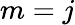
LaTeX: m=j